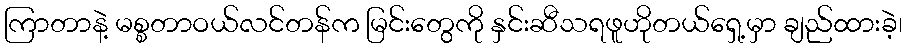
ကြာတာနဲ့ မစ္စတာဝယ်လင်တန်က မြင်းတွေကို နှင်းဆီသရဖူဟိုတယ်ရှေ့မှာ ချည်ထားခဲ့၊